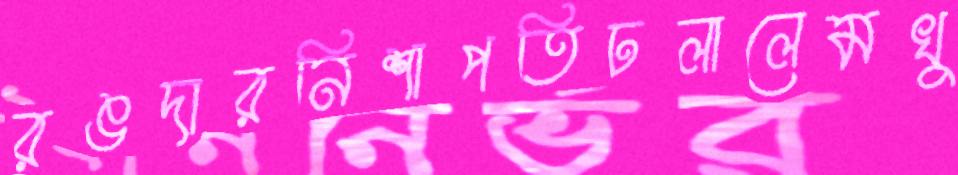
রঙদারনিশাপতিঢলালেমখু